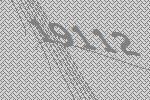
19112